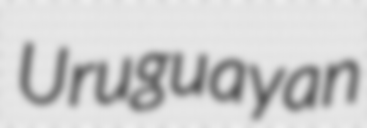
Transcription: Uruguayan